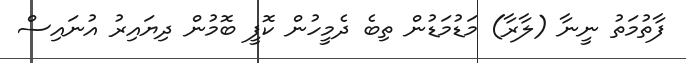
ފާތުމަތު ނީނާ (ލާރާ) މަޑުމަޑުން ތިބެ ދެމީހުން ކޮފީ ބޮމުން ދިޔައިރު އުނައިސް